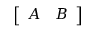
\left[ \begin{array} { l l } { A } & { B } \end{array} \right]